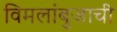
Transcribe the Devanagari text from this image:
विमलांबुजाची